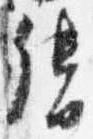
督